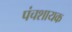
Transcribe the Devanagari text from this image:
पंचशायक